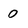
Character: 0